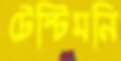
টেস্টিমনি